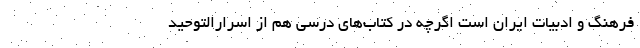
فرهنگ و ادبیات ایران است اگرچه در کتاب‌های درسی هم از اسرارالتوحید